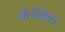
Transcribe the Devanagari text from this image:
सेंटीग्रेड।